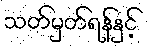
သတ်မှတ်ရန်နှင့်